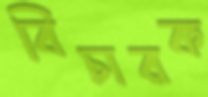
বিচারক